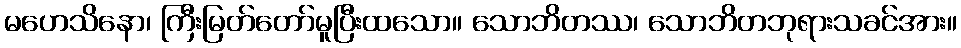
မဟေသိနော၊ ကြီးမြတ်တော်မူပြီးထသော။ သောဘိတဿ၊ သောဘိတဘုရားသခင်အား။